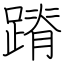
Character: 蹐